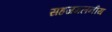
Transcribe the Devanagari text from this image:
सहजगलनीय